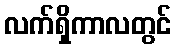
လက်ရှိကာလတွင်